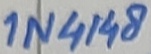
Text: 1N4148